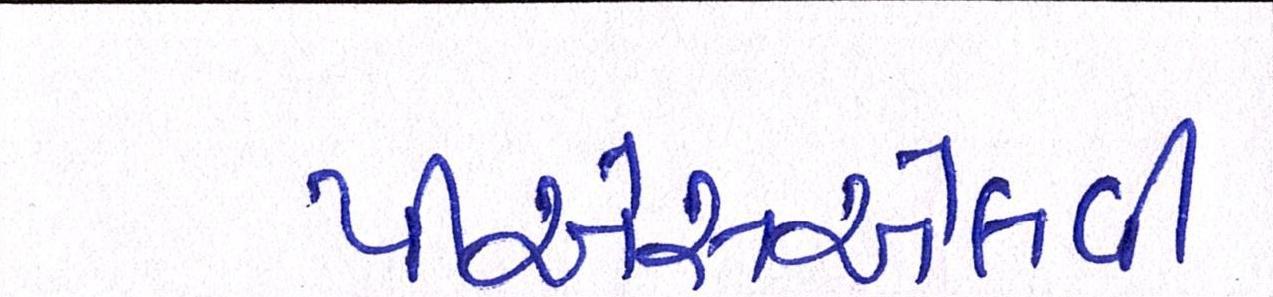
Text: પીએસએલવી